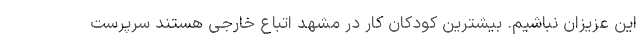
این عزیزان نباشیم. بیشترین کودکان کار در مشهد اتباع خارجی هستند سرپرست